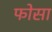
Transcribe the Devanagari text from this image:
फोसा